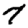
Digit: 7